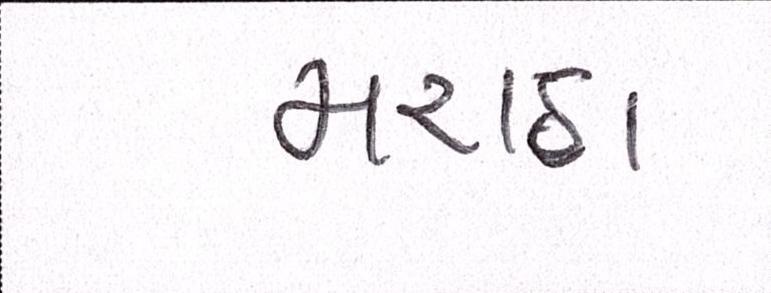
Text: મરાઠા